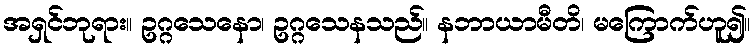
အရှင်ဘုရား။ ဥဂ္ဂသေနော၊ ဥဂ္ဂသေနသည်။ နဘာယာမီတိ၊ မကြောက်ဟူ၍။